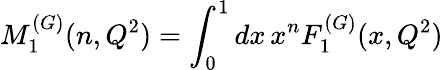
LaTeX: M_{1}^{(G)}(n,Q^{2})=\int_{0}^{1}dx\, x^{n}F_{1}^{(G)}(x,Q^{2})